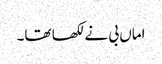
اماں بی نے لکھا تھا۔